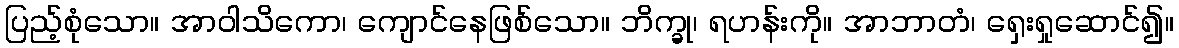
ပြည့်စုံသော။ အာဝါသိကော၊ ကျောင်နေဖြစ်သော။ ဘိက္ခု၊ ရဟန်းကို။ အာဘာတံ၊ ရှေးရှုဆောင်၍။